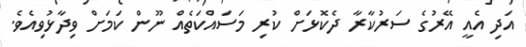
އަދި އެއީ އޭރުގެ ސަރުކާރާ ދެކޮޅަށް ކުރި މަސައްކަތެއް ނޫން ކަމަށް ވިދާޅުވިއެވެ.